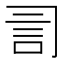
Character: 𧥝